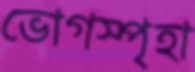
ভোগস্পৃহা